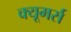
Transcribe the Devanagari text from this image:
क्यूमर्स